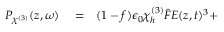
\begin{array} { r l r } { P _ { \chi ^ { ( 3 ) } } ( z , \omega ) } & { { } = } & { ( 1 - f ) \epsilon _ { 0 } \chi _ { h } ^ { ( 3 ) } \hat { F } E ( z , t ) ^ { 3 } + } \end{array}